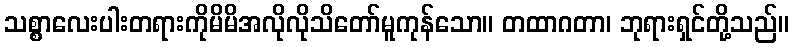
သစ္စာလေးပါးတရားကိုမိမိအလိုလိုသိတော်မူကုန်သော။ တထာဂတာ၊ ဘုရားရှင်တို့သည်။